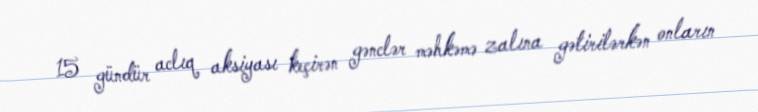
15 gündür aclıq aksiyası keçirən gənclər məhkəmə zalına gətirilərkən onların